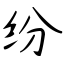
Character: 纷